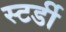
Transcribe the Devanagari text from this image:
स्टर्डी